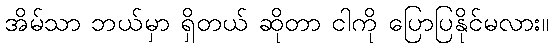
အိမ်သာ ဘယ်မှာ ရှိတယ် ဆိုတာ ငါကို ပြောပြနိုင်မလား။